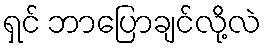
ရှင် ဘာပြောချင်လို့လဲ